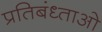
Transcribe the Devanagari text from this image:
प्रतिबंध्ताओ